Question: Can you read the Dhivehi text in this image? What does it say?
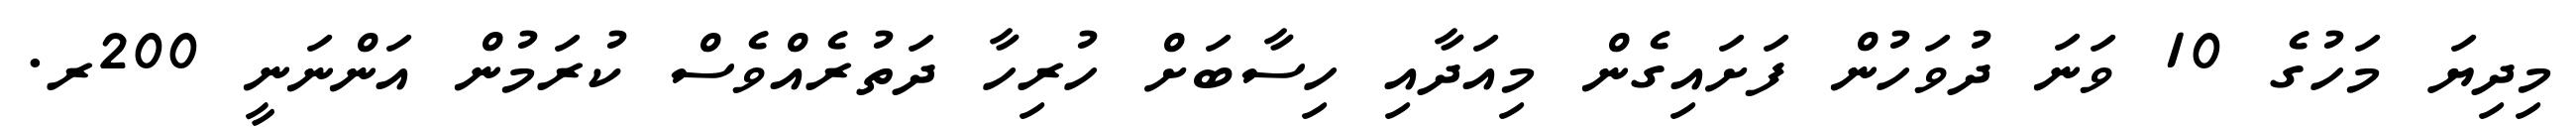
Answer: މިދިޔަ މަހުގެ 10 ވަނަ ދުވަހުން ފަށައިގެން މިއަދާއި ހިސާބަށް ހުރިހާ ދަތުރެއްވެސް ކުރަމުން އަންނަނީ 200ރ.